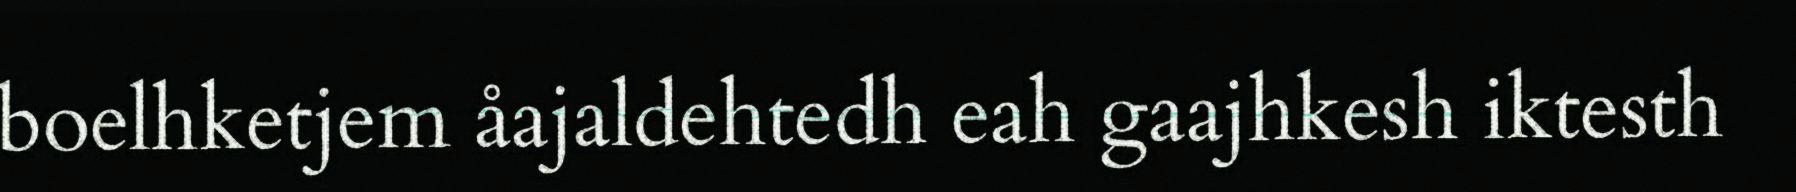
boelhketjem åajaldehtedh eah gaajhkesh iktesth